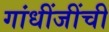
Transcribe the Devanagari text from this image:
गांधींजींची